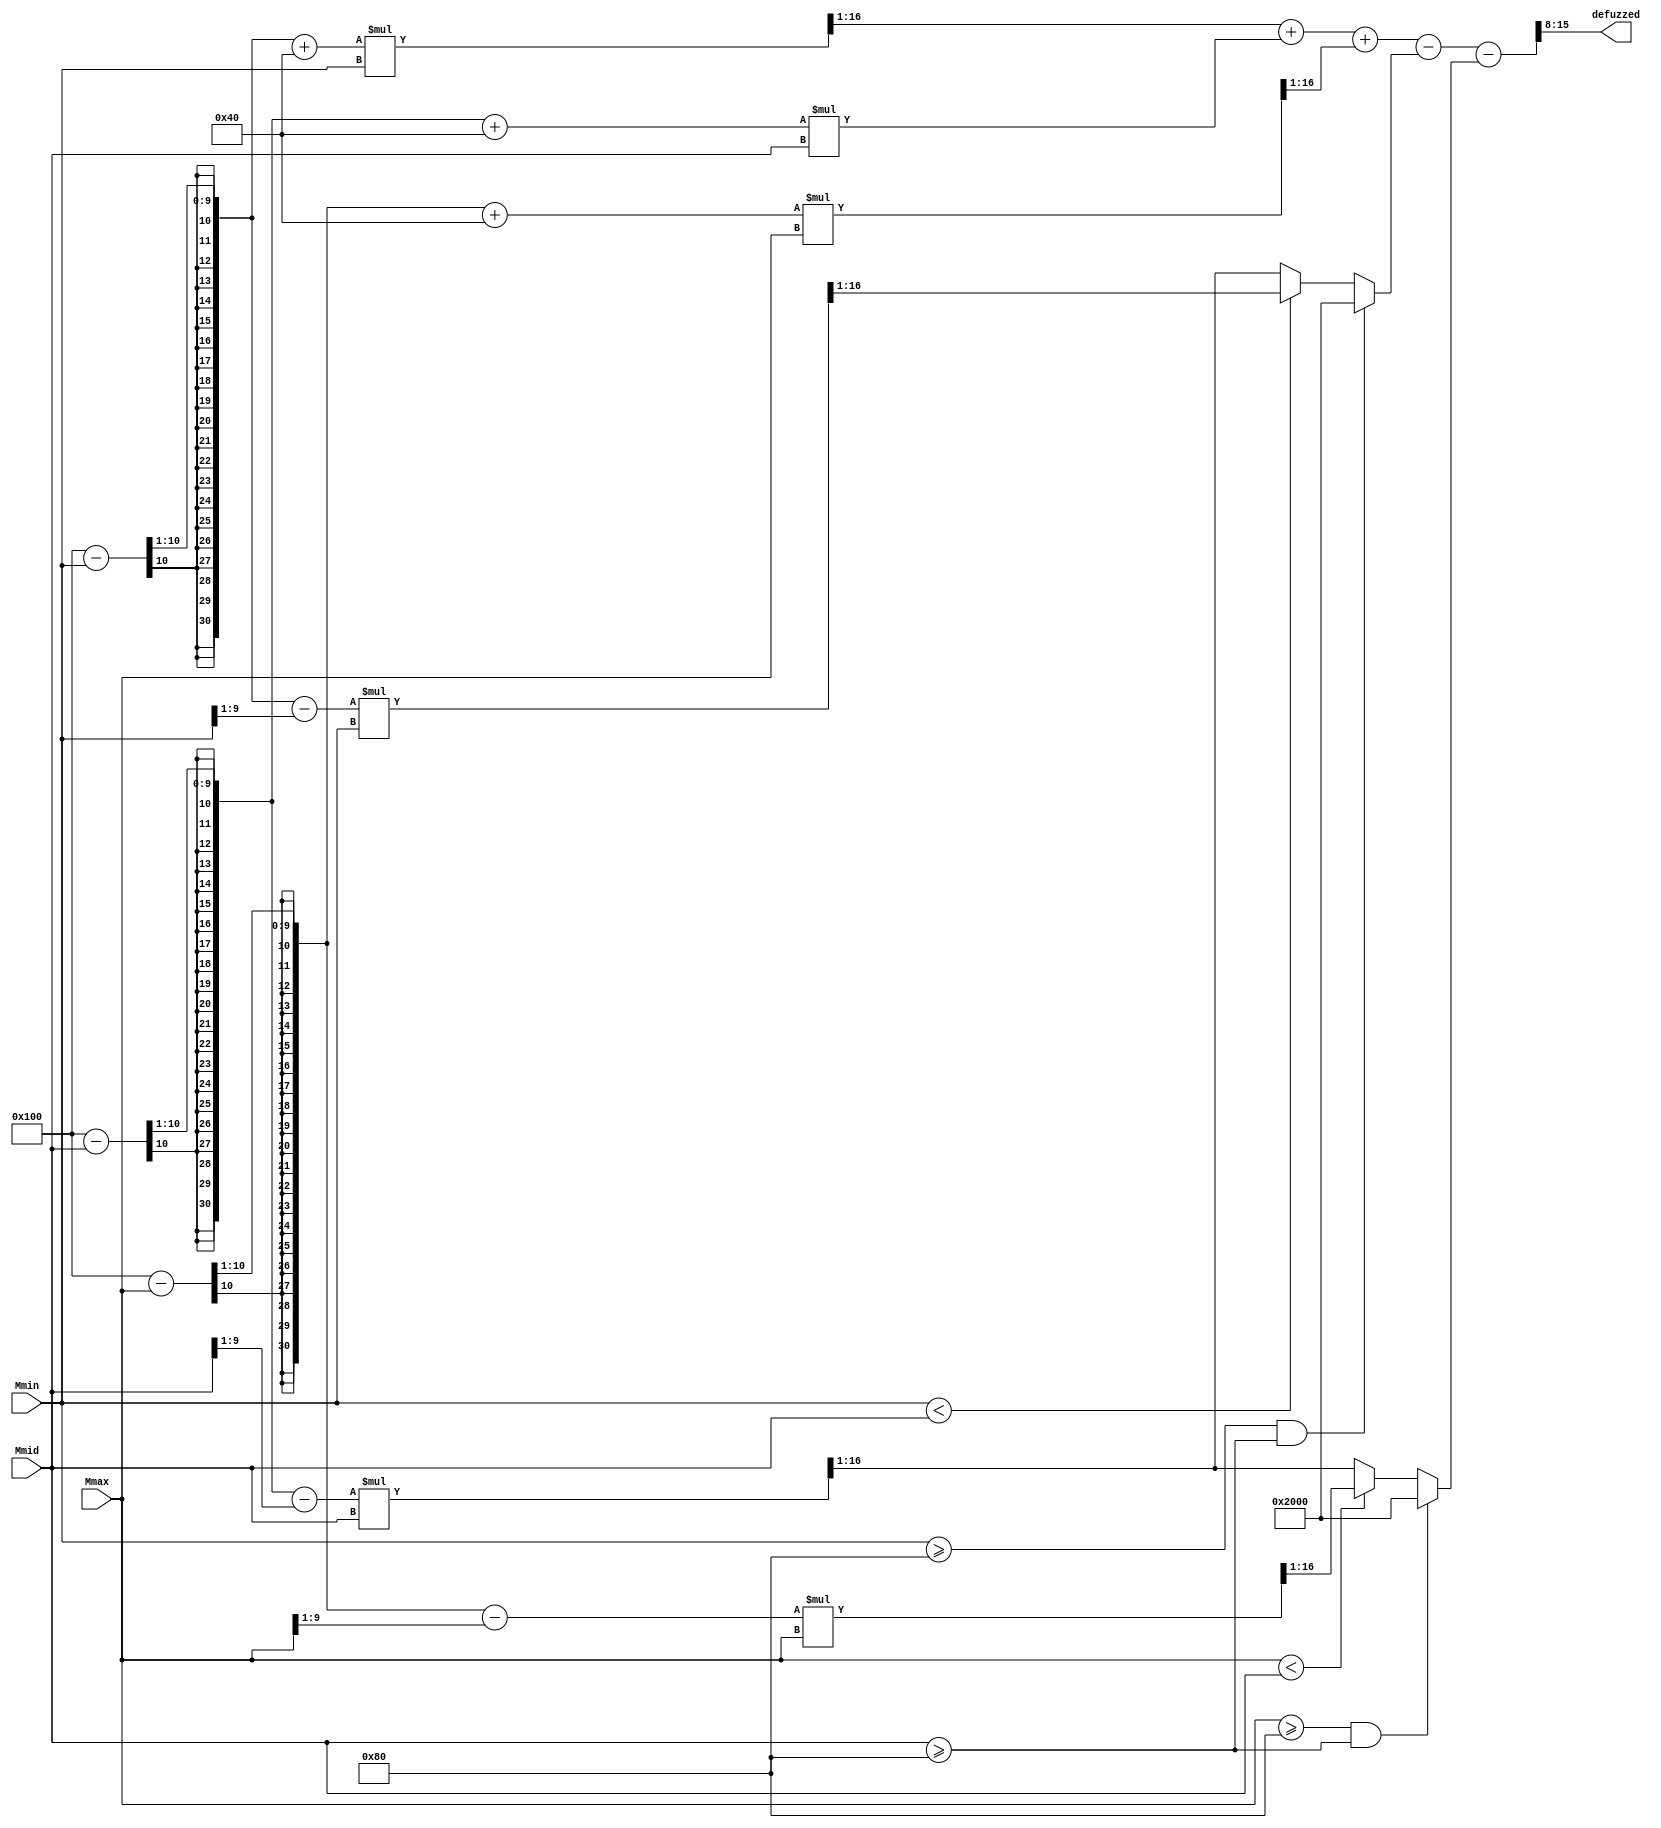
`timescale 1ns / 1ps
//////////////////////////////////////////////////////////////////////////////////
// Company: 
// Engineer: 
// 
// Design Name: 
// Module Name: De_fuzz
// Project Name: 
// Target Devices: 
// Tool Versions: 
// Description: 
// 
// Dependencies: 
// 
// Revision:
// Revision 0.01 - File Created
// Additional Comments:
// 
//////////////////////////////////////////////////////////////////////////////////


module De_fuzz(
    input [9:0] Mmin,
    input [9:0] Mmid,
    input [9:0] Mmax,
    output [7:0] defuzzed
    );
    
    wire [20:0] AMmin     = (((((1<<8)-Mmin)>>1)+(1<<6))*Mmin)>>1;
    wire [20:0] AMmid     = (((((1<<8)-Mmid)>>1)+(1<<6))*Mmid)   ;
    wire [20:0] AMmax     = (((((1<<8)-Mmax)>>1)+(1<<6))*Mmax)>>1;
    
    wire [20:0] Aoverlap1 = ((Mmin >= (1<<7)) && (Mmid >= (1<<7))) ? (1<<13):(
                                                                            (Mmin < Mmid) ? (((((1<<8)-Mmin)>>1) - (Mmin>>1))*Mmin)>>1 :
                                                                                            (((((1<<8)-Mmid)>>1) - (Mmid>>1))*Mmid)>>1                                                                                                                                                                                                   
                                                                            );
                                                                            
    wire [20:0] Aoverlap2 = ((Mmax >= (1<<7)) && (Mmid >= (1<<7))) ? (1<<13):(
                                                                            (Mmax < Mmid) ? (((((1<<8)-Mmax)>>1) - (Mmax>>1))*Mmax)>>1 :
                                                                                            (((((1<<8)-Mmid)>>1) - (Mmid>>1))*Mmid)>>1                                                                                                                                                                                                   
                                                                            ); 
    wire [22:0] avg = (AMmin + AMmid + AMmax - Aoverlap1 - Aoverlap2)>>8;
    //assign defuzzed = (avg > (((1<<7)+(1<<6))*3)) ? 8'h00
    //                                              : (avg> ((1<<6)*3)) ? 8'h0f : 
     //                                                                   8'hff;
     assign defuzzed = avg[7:0];   
      //assign defuzzed = (Mmin > Mmid) ? 8'hff : 
       //                                       ((Mmid>Mmax) ? 8'h0f : 8'hff);
endmodule